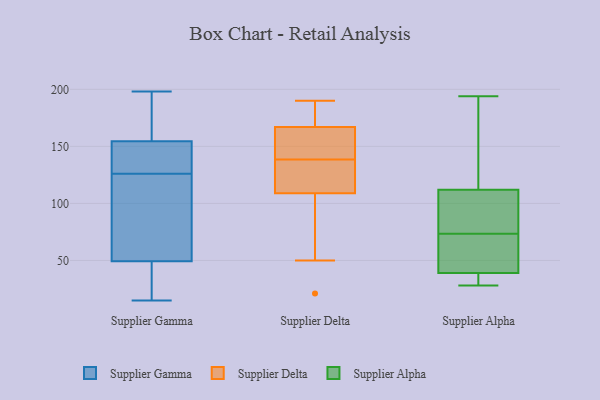
{"axis": {"x": "Budget (USD K)", "y": "Value"}, "legend": ["Supplier Alpha", "Supplier Delta", "Supplier Gamma"], "data": [{"x": "", "y": 77, "type": "Supplier Gamma"}, {"x": "", "y": 19, "type": "Supplier Gamma"}, {"x": "", "y": 139, "type": "Supplier Gamma"}, {"x": "", "y": 16, "type": "Supplier Gamma"}, {"x": "", "y": 49, "type": "Supplier Gamma"}, {"x": "", "y": 153, "type": "Supplier Gamma"}, {"x": "", "y": 60, "type": "Supplier Gamma"}, {"x": "", "y": 167, "type": "Supplier Gamma"}, {"x": "", "y": 155, "type": "Supplier Gamma"}, {"x": "", "y": 145, "type": "Supplier Gamma"}, {"x": "", "y": 198, "type": "Supplier Gamma"}, {"x": "", "y": 179, "type": "Supplier Gamma"}, {"x": "", "y": 15, "type": "Supplier Gamma"}, {"x": "", "y": 159, "type": "Supplier Gamma"}, {"x": "", "y": 50, "type": "Supplier Gamma"}, {"x": "", "y": 126, "type": "Supplier Gamma"}, {"x": "", "y": 64, "type": "Supplier Gamma"}, {"x": "", "y": 136, "type": "Supplier Gamma"}, {"x": "", "y": 16, "type": "Supplier Gamma"}, {"x": "", "y": 187, "type": "Supplier Delta"}, {"x": "", "y": 190, "type": "Supplier Delta"}, {"x": "", "y": 50, "type": "Supplier Delta"}, {"x": "", "y": 146, "type": "Supplier Delta"}, {"x": "", "y": 21, "type": "Supplier Delta"}, {"x": "", "y": 155, "type": "Supplier Delta"}, {"x": "", "y": 109, "type": "Supplier Delta"}, {"x": "", "y": 167, "type": "Supplier Delta"}, {"x": "", "y": 113, "type": "Supplier Delta"}, {"x": "", "y": 131, "type": "Supplier Delta"}, {"x": "", "y": 53, "type": "Supplier Alpha"}, {"x": "", "y": 69, "type": "Supplier Alpha"}, {"x": "", "y": 28, "type": "Supplier Alpha"}, {"x": "", "y": 150, "type": "Supplier Alpha"}, {"x": "", "y": 78, "type": "Supplier Alpha"}, {"x": "", "y": 39, "type": "Supplier Alpha"}, {"x": "", "y": 110, "type": "Supplier Alpha"}, {"x": "", "y": 194, "type": "Supplier Alpha"}, {"x": "", "y": 39, "type": "Supplier Alpha"}, {"x": "", "y": 37, "type": "Supplier Alpha"}, {"x": "", "y": 96, "type": "Supplier Alpha"}, {"x": "", "y": 193, "type": "Supplier Alpha"}, {"x": "", "y": 35, "type": "Supplier Alpha"}, {"x": "", "y": 112, "type": "Supplier Alpha"}]}